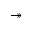
\twoheadrightarrow